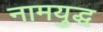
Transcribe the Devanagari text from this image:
नामयुद्ध